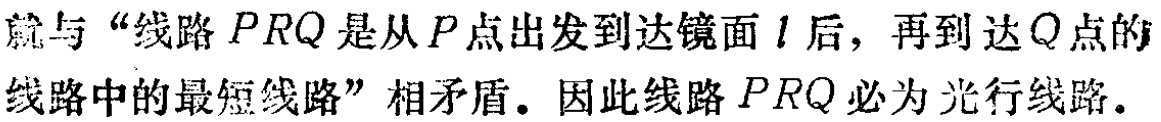
就与“线路 \(PRQ\) 是从 \(P\) 点出发到达镜面 \(l\) 后，再到达 \(Q\) 点的线路中的最短线路”相矛盾。因此线路 \(PRQ\) 必为光行线路。